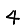
Digit: 4